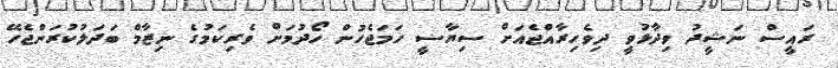
ރައީސް ނަޝީދު ވިދާޅުވީ ދިވެހިރާއްޖެއަށް ސިޔާސީ ހަމަޖެހުން ހޯދުމަށް ވެރިކަމުގެ ނިޒާމް ބަދަލުކުރަންޖެހޭ